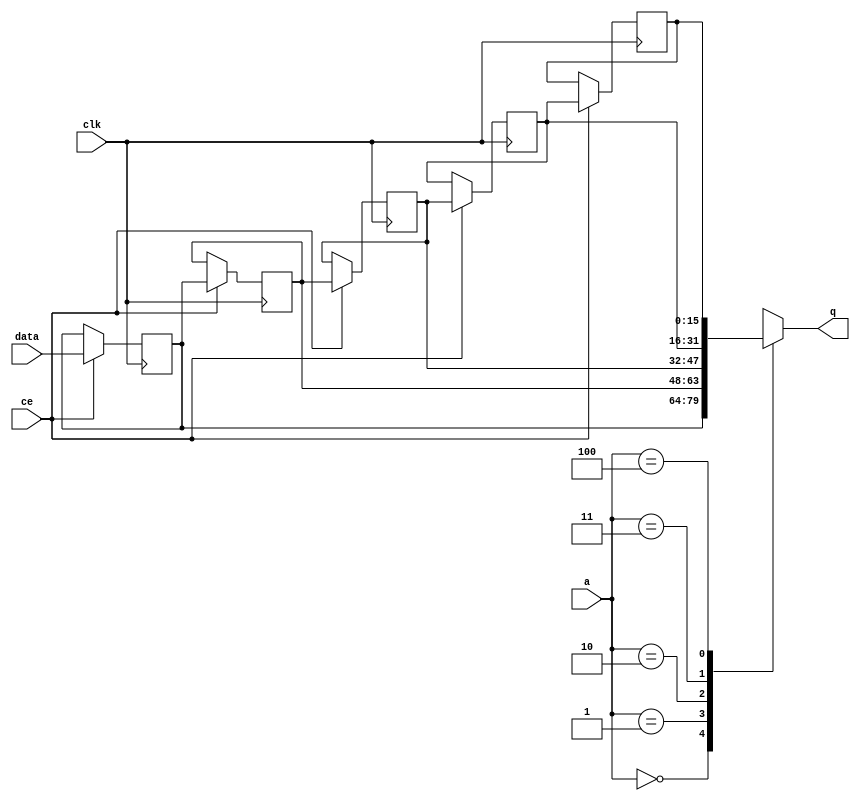
// ==============================================================
// File generated by Vivado(TM) HLS - High-Level Synthesis from C, C++ and SystemC
// Version: 2015.1
// Copyright (C) 2015 Xilinx Inc. All rights reserved.
// 
// ==============================================================


`timescale 1 ns / 1 ps

module FIFO_toe_sessionDelete_req_V_key_myPort_shiftReg (
    clk,
    data,
    ce,
    a,
    q);

parameter DATA_WIDTH = 32'd16;
parameter ADDR_WIDTH = 32'd3;
parameter DEPTH = 32'd5;

input clk;
input [DATA_WIDTH-1:0] data;
input ce;
input [ADDR_WIDTH-1:0] a;
output [DATA_WIDTH-1:0] q;

reg[DATA_WIDTH-1:0] SRL_SIG [0:DEPTH-1];
integer i;

always @ (posedge clk)
    begin
        if (ce)
        begin
            for (i=0;i<DEPTH-1;i=i+1)
                SRL_SIG[i+1] <= SRL_SIG[i];
            SRL_SIG[0] <= data;
        end
    end

assign q = SRL_SIG[a];

endmodule

module FIFO_toe_sessionDelete_req_V_key_myPort (
    clk,
    reset,
    if_empty_n,
    if_read_ce,
    if_read,
    if_dout,
    if_full_n,
    if_write_ce,
    if_write,
    if_din);

parameter MEM_STYLE = "shiftreg";
parameter DATA_WIDTH = 32'd16;
parameter ADDR_WIDTH = 32'd3;
parameter DEPTH = 32'd5;

input clk;
input reset;
output if_empty_n;
input if_read_ce;
input if_read;
output[DATA_WIDTH - 1:0] if_dout;
output if_full_n;
input if_write_ce;
input if_write;
input[DATA_WIDTH - 1:0] if_din;

wire[ADDR_WIDTH - 1:0] shiftReg_addr ;
wire[DATA_WIDTH - 1:0] shiftReg_data, shiftReg_q;
reg[ADDR_WIDTH:0] mOutPtr = {(ADDR_WIDTH+1){1'b1}};
reg internal_empty_n = 0, internal_full_n = 1;

assign if_empty_n = internal_empty_n;
assign if_full_n = internal_full_n;
assign shiftReg_data = if_din;
assign if_dout = shiftReg_q;

always @ (posedge clk) begin
    if (reset == 1'b1)
    begin
        mOutPtr <= ~{ADDR_WIDTH+1{1'b0}};
        internal_empty_n <= 1'b0;
        internal_full_n <= 1'b1;
    end
    else begin
        if (((if_read & if_read_ce) == 1 & internal_empty_n == 1) && 
            ((if_write & if_write_ce) == 0 | internal_full_n == 0))
        begin
            mOutPtr <= mOutPtr -1;
            if (mOutPtr == 0)
                internal_empty_n <= 1'b0;
            internal_full_n <= 1'b1;
        end 
        else if (((if_read & if_read_ce) == 0 | internal_empty_n == 0) && 
            ((if_write & if_write_ce) == 1 & internal_full_n == 1))
        begin
            mOutPtr <= mOutPtr +1;
            internal_empty_n <= 1'b1;
            if (mOutPtr == DEPTH-2)
                internal_full_n <= 1'b0;
        end 
    end
end

assign shiftReg_addr = mOutPtr[ADDR_WIDTH] == 1'b0 ? mOutPtr[ADDR_WIDTH-1:0]:{ADDR_WIDTH{1'b0}};
assign shiftReg_ce = (if_write & if_write_ce) & internal_full_n;

FIFO_toe_sessionDelete_req_V_key_myPort_shiftReg 
#(
    .DATA_WIDTH(DATA_WIDTH),
    .ADDR_WIDTH(ADDR_WIDTH),
    .DEPTH(DEPTH))
U_FIFO_toe_sessionDelete_req_V_key_myPort_ram (
    .clk(clk),
    .data(shiftReg_data),
    .ce(shiftReg_ce),
    .a(shiftReg_addr),
    .q(shiftReg_q));

endmodule